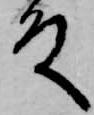
殿